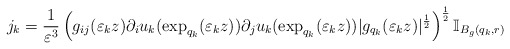
\begin{align*}j_{k}=\frac{1}{\varepsilon^{3}}\left(g_{ij}(\varepsilon_{k}z)\partial_{i}u_{k}(\exp_{q_{k}}(\varepsilon_{k}z))\partial_{j}u_{k}(\exp_{q_{k}}(\varepsilon_{k}z))|g_{q_{k}}(\varepsilon_{k}z)|^{\frac{1}{2}}\right)^{\frac{1}{2}}\mathbb{I}_{B_{g}(q_{k},r)}\end{align*}